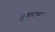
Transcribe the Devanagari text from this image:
तुंगारण्य